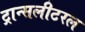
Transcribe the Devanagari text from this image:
ट्रान्सलीटरल